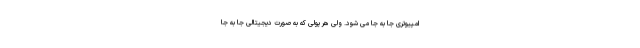
امپیوتری جا به جا می شود. ولی هر پولی که به صورت دیجیتالی جا به جا